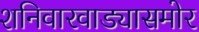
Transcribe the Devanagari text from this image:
शनिवारवाड्यासमोर